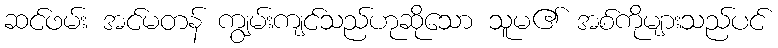
ဆင်ဖမ်း အင်မတန် ကျွမ်းကျင်သည်ဟုဆိုသော သူမ၏ အစ်ကိုများသည်ပင်